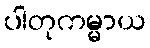
ပါတုကမ္မာယ